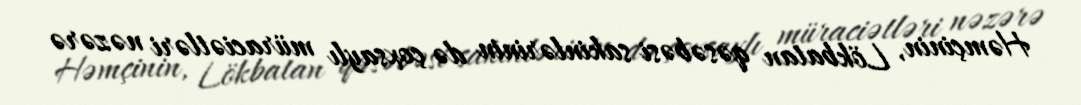
Həmçinin, Lökbatan qəsəbəsi sakinlərinin də çoxsaylı müraciətləri nəzərə